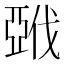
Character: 𰁚